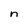
Character: n